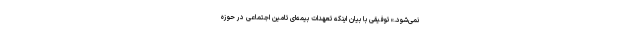
نمی‌شود.» توفیقی با بیان اینکه تعهدات بیمه‌‌ای تامین اجتماعی در حوزه